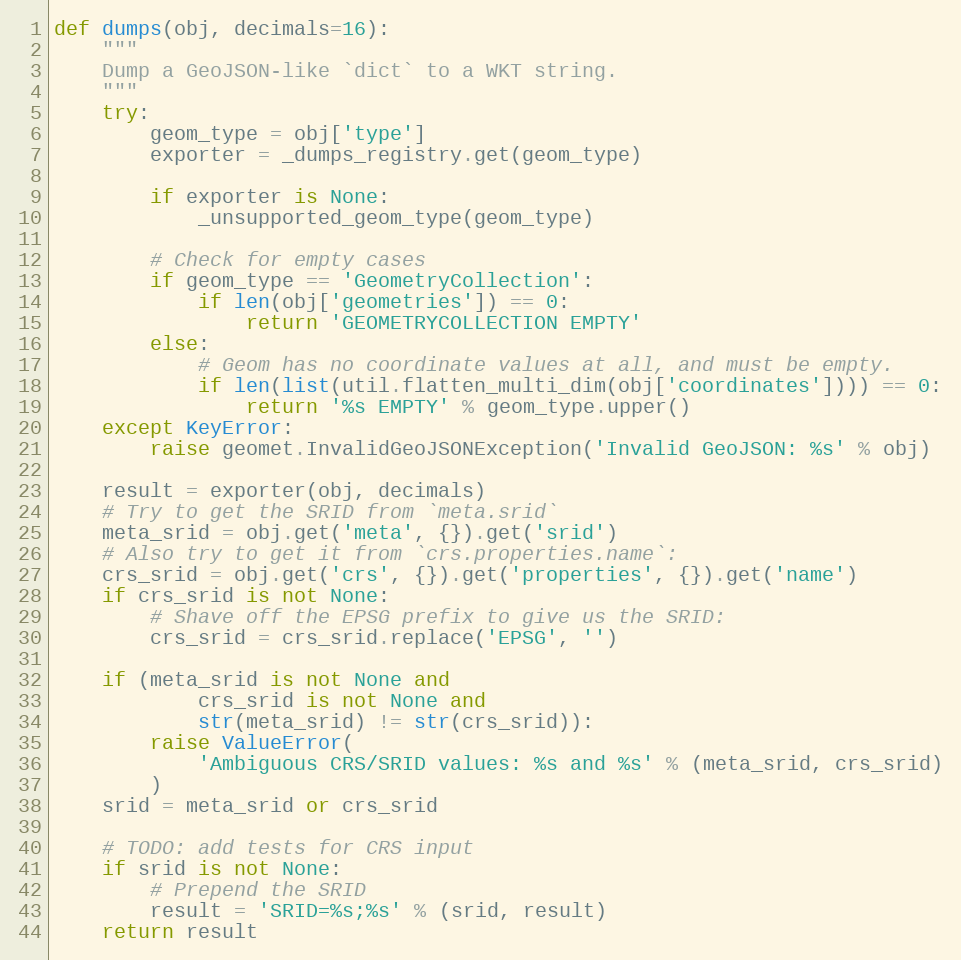
Language: Python
def dumps(obj, decimals=16):
    """
    Dump a GeoJSON-like `dict` to a WKT string.
    """
    try:
        geom_type = obj['type']
        exporter = _dumps_registry.get(geom_type)

        if exporter is None:
            _unsupported_geom_type(geom_type)

        # Check for empty cases
        if geom_type == 'GeometryCollection':
            if len(obj['geometries']) == 0:
                return 'GEOMETRYCOLLECTION EMPTY'
        else:
            # Geom has no coordinate values at all, and must be empty.
            if len(list(util.flatten_multi_dim(obj['coordinates']))) == 0:
                return '%s EMPTY' % geom_type.upper()
    except KeyError:
        raise geomet.InvalidGeoJSONException('Invalid GeoJSON: %s' % obj)

    result = exporter(obj, decimals)
    # Try to get the SRID from `meta.srid`
    meta_srid = obj.get('meta', {}).get('srid')
    # Also try to get it from `crs.properties.name`:
    crs_srid = obj.get('crs', {}).get('properties', {}).get('name')
    if crs_srid is not None:
        # Shave off the EPSG prefix to give us the SRID:
        crs_srid = crs_srid.replace('EPSG', '')

    if (meta_srid is not None and
            crs_srid is not None and
            str(meta_srid) != str(crs_srid)):
        raise ValueError(
            'Ambiguous CRS/SRID values: %s and %s' % (meta_srid, crs_srid)
        )
    srid = meta_srid or crs_srid

    # TODO: add tests for CRS input
    if srid is not None:
        # Prepend the SRID
        result = 'SRID=%s;%s' % (srid, result)
    return result